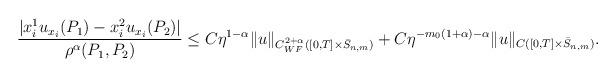
LaTeX: \begin{align*}\begin{aligned}\frac{|x_i^1u_{x_i}(P_1)-x_i^2u_{x_i}(P_2)|}{\rho^{\alpha}(P_1,P_2)}\leq C\eta^{1-\alpha} \|u\|_{C^{2+\alpha}_{WF}([0,T]\times\bar S_{n,m})} + C\eta^{-m_0(1+\alpha)-\alpha} \|u\|_{C([0,T]\times\bar S_{n,m})}.\end{aligned}\end{align*}